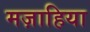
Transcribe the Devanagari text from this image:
मज़ाहिया